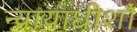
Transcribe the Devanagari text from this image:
न्यायाधीशोँ